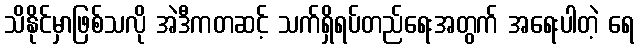
သိနိုင်မှာဖြစ်သလို အဲဒီကတဆင့် သက်ရှိရပ်တည်ရေးအတွက် အရေးပါတဲ့ ရေ